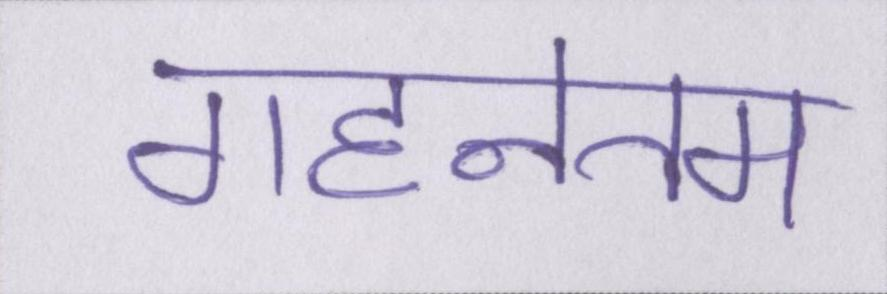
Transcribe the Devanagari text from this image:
गहनतम